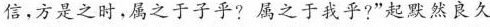
信，方是之时，属之于子乎?属之于我乎?”起默然良久，